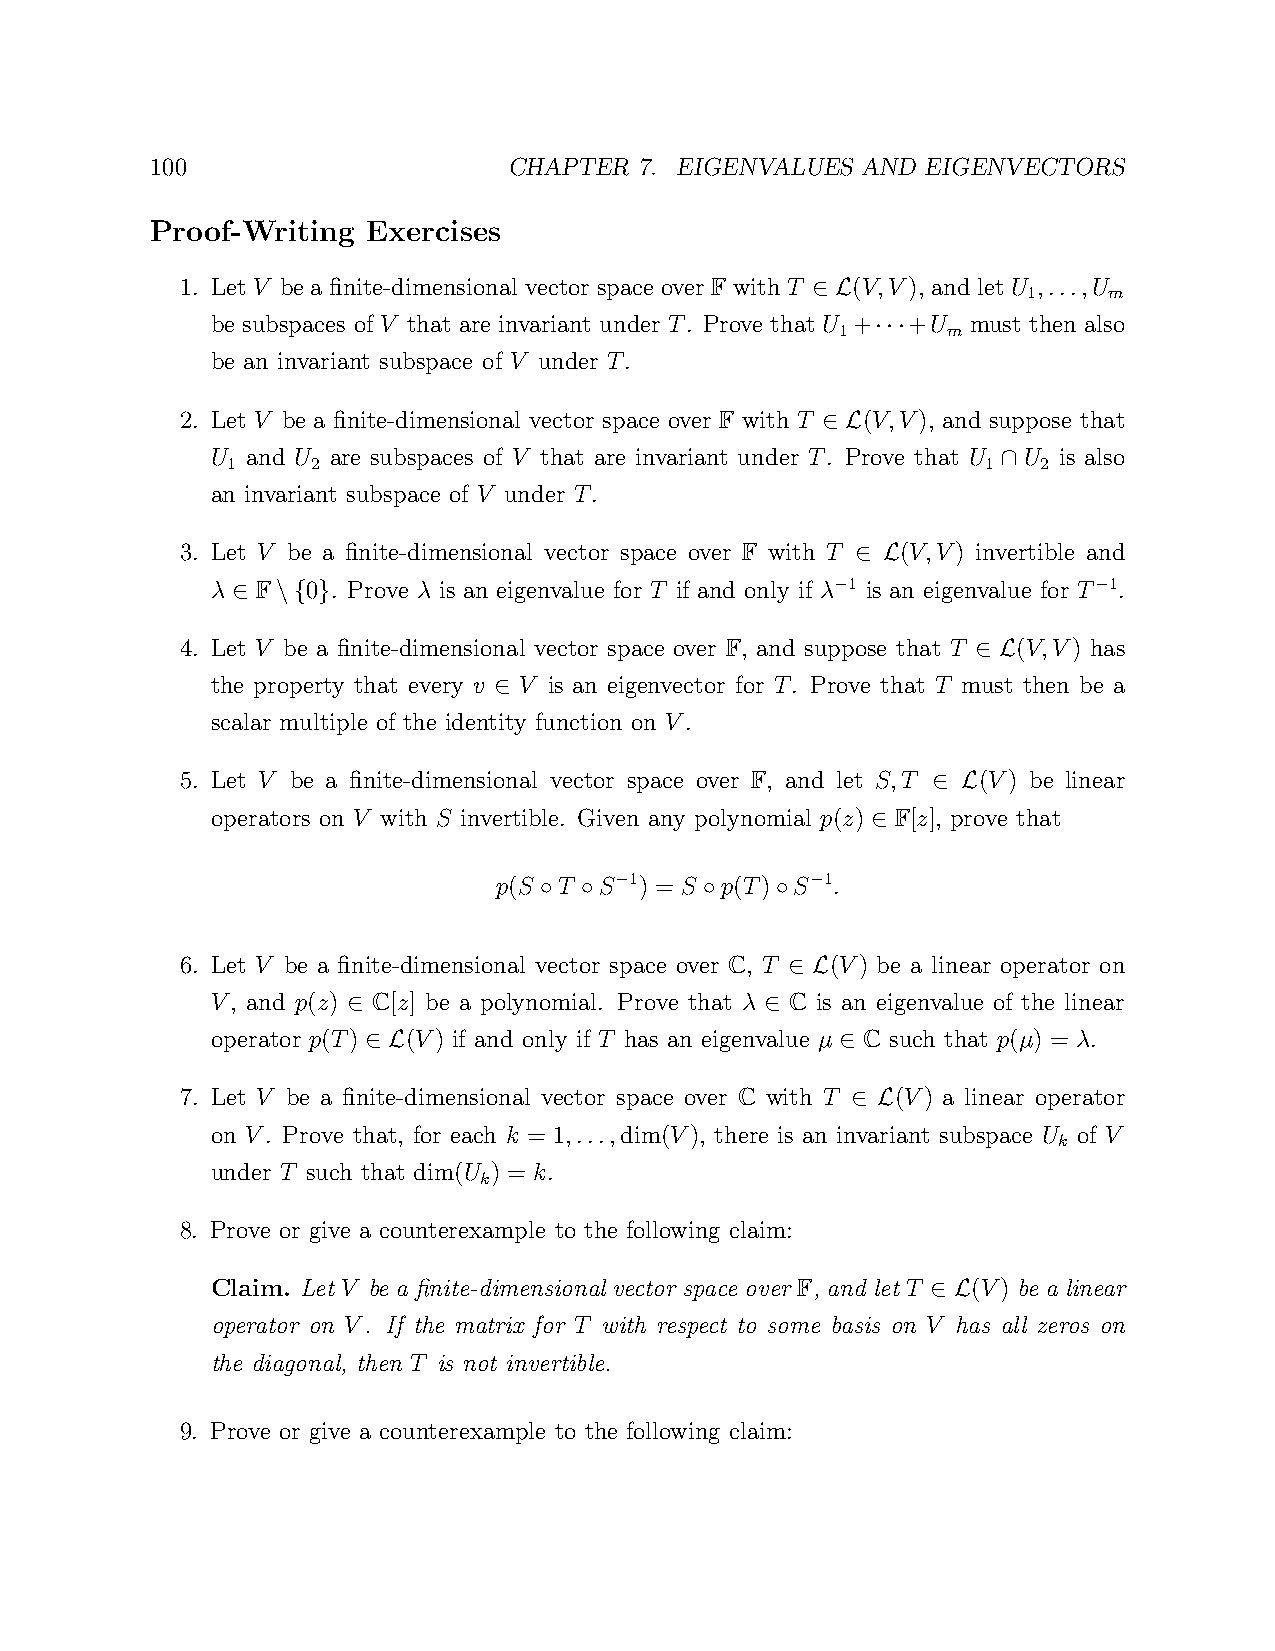
100                     CHAPTER 7. EIGENVALUES AND EIGENVECTORS
 Proof-Writing Exercises
 1. Let V be a finite-dimensional vector space over F with T (V,V), and let U ,...,U
 1    m
 ∈ L
 be subspaces of V that are invariant under T. Prove that U + +U must then also
 1      m
 ···
 be an invariant subspace of V under T.
 2. Let V be a finite-dimensional vector space over F with T (V,V), and suppose that
 ∈ L
 U and U are subspaces of V that are invariant under T. Prove that U U is also
 1     2                                           1   2
 ∩
 an invariant subspace of V under T.
 3. Let V be a finite-dimensional vector space over F with T (V,V) invertible and
 ∈ L
 λ  F  0 . Prove λ is an eigenvalue for T if and only if λ 1 is an eigenvalue for T 1.
 −                −
 ∈  \{ }
 4. Let V be a finite-dimensional vector space over F, and suppose that T (V,V) has
 ∈ L
 the property that every v V is an eigenvector for T. Prove that T must then be a
 ∈
 scalar multiple of the identity function on V.
 5. Let V be a finite-dimensional vector space over F, and let S,T (V) be linear
 ∈ L
 operators on V with S invertible. Given any polynomial p(z) F[z], prove that
 ∈
 p(S T  S 1) = S p(T) S 1.
 −            −
 ◦ ◦        ◦   ◦
 6. Let V be a finite-dimensional vector space over C, T (V) be a linear operator on
 ∈ L
 V, and p(z) C[z] be a polynomial. Prove that λ C is an eigenvalue of the linear
 ∈                           ∈
 operator p(T) (V) if and only if T has an eigenvalue µ C such that p(µ) = λ.
 ∈ L                             ∈
 7. Let V be a finite-dimensional vector space over C with T (V) a linear operator
 ∈ L
 on V. Prove that, for each k = 1,...,dim(V), there is an invariant subspace U of V
 k
 under T such that dim(U ) = k.
 k
 8. Prove or give a counterexample to the following claim:
 Claim. Let V be a finite-dimensional vector space over F, and let T (V) be a linear
 ∈ L
 operator on V. If the matrix for T with respect to some basis on V has all zeros on
 the diagonal, then T is not invertible.
 9. Prove or give a counterexample to the following claim: